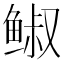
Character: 𩾈